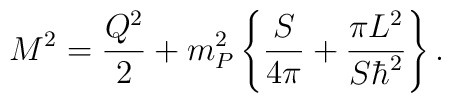
M^2 = {Q^2\over2} +      {m_P^2} \left\{{S\over4\pi} +{\pi L^2\over S\hbar^2 } \right\}.